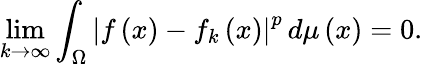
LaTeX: \operatorname*{lim}_{k\to\infty}\int_{\Omega}\left\vert{f}\left(x\right)-{f}_{k}\left(x\right)\right\vert^{p}\, {d\mu\left(x\right)}=0.